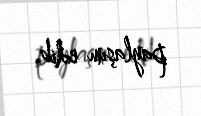
paylaşım edib.